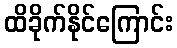
ထိခိုက်နိုင်ကြောင်း